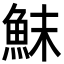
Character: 䱅